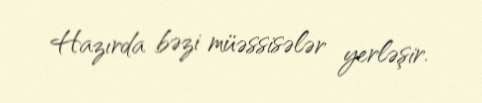
Hazırda bəzi müəssisələr yerləşir.